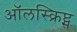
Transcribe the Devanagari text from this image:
ऑलस्क्रिप्ट्स